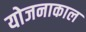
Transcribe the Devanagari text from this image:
योजनाकाल